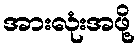
အားလုံးအဖို့